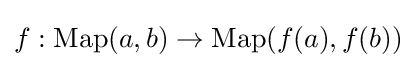
f:\operatorname {Map} (a,b)\to \operatorname {Map} (f(a),f(b))